Annual report of the Bengal Veterinary College and of the Civil Veterinary Department, Bengal, for the year 1908-1909 - 1908-1909
Year: 1908
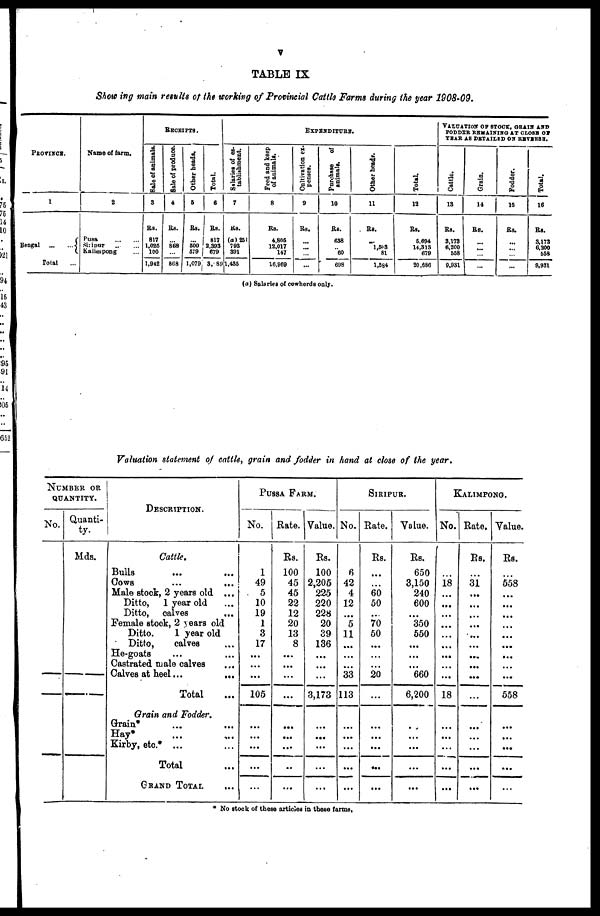
v
TABLE IX
Show ing main results of the working of Provincial Cattle Farms during the year 1908-09.
PROVINCE.
1
Bengal
...
...
Total ...
Name of farm.
2
Pusa
...
...
Siripur ... ...
Kalimpong ...
RECEIPTS.
Sale of animals.
3
Rs.
817
1,026
100
1,942
Sale of produce.
4
Rs.
...
868
...
868
Other heads.
5
Rs.
...
500
579
1,079
Total.
6
Rs.
817
2.393
679
3,889
EXPENDITURE.
Salaries of es-
tablishment.
7
Rs.
(a) 251
793
391
1,435
Feed and keep
of animals.
8
Rs.
4,805
12,017
147
16,969
Cultivation ex-
penses.
9
Rs.
...
...
...
...
Purchase of
animals.
10
Rs.
638
60
698
Other heads.
11
Rs.
...
1,503
81
1,584
Total.
12
Rs.
5.694
14,313
679
20,686
VALUATION OF STOCK, GRAIN AND
FODDER REMAINING AT CLOSE OF
YEAR AS DETAILED ON REVERSE.
Cattle.
13
Rs.
3,173
6,200
558
9,931
Grain.
14
Rs.
...
...
...
...
Fodder.
15
Rs.
...
...
...
...
Total.
16
Rs.
3,173
6,200
558
9,931
(a) Salaries of cowherds only.
Valuation statement of cattle, grain and fodder in hand at close of the year.
NUMBER
OR
QUANTITY.
No.
Quanti-
ty.
Mds.
DESCRIPTION.
Cattle.
Bulls
...
...
Cows
...
...
Male stock, 2 years old ...
Ditto,
1 year old ...
Ditto, calves ...
Female stock, 2 years old
Ditto.
1 year old
Ditto,
calves
He-goats ... ...
Castrated male calves ...
Calves at heel
...
...
Total
...
Grain and Fodder.
Grain* ... ...
Hay* ... ...
Kirby, etc.* ... ...
Total ...
GRAND TOTAL ...
PUSSA FARM.
No.
1
49
5
10
19
1
3
17
...
...
...
105
...
...
...
...
...
Rate.
Rs.
100
45
45
22
12
20
13
8
...
...
...
...
...
...
...
...
...
Value.
Rs.
100
2,205
225
220
228
20
39
136
...
...
...
3,173
...
...
...
...
...
SIRIPUR.
No.
6
42
4
12
...
5
11
...
...
...
33
113
...
...
...
...
...
Rate.
Rs.
...
...
60
50
...
70
50
...
...
...
20
...
...
...
...
...
...
Value.
Rs.
650
3,150
240
600
...
350
550
...
...
...
660
6,200
..
...
...
...
...
KALIMPONG.
No.
...
18
...
...
...
...
...
...
...
...
...
18
...
...
...
...
...
Rate.
Rs.
...
31
...
...
...
...
...
...
...
...
...
...
...
...
...
...
...
Value.
Rs.
...
558
...
...
...
...
...
...
...
...
...
558
...
...
...
...
...
* No stock of these articles in these farms.